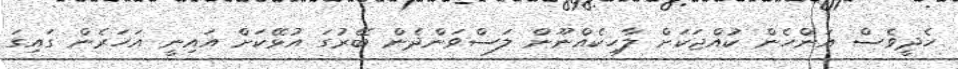
ހެދީވެސް އަންހެން ކުއްޖަކަށް ލާހިކެއްނޫން ލަސްވަންދެން ބޭރުގަ އުޅޭކަށް އައިނީ އަހަރެން ގައިގަ